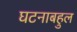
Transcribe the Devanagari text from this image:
घटनाबहुल